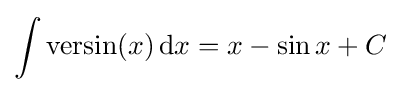
\int \mathrm {versin} (x)\,\mathrm {d} x=x-\sin {x}+C